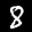
Label: 8